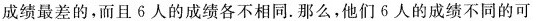
成绩最好的，乙不是6人中成绩最差的，而且6人的成绩各不相同。那么，他们6人的成绩不同的可